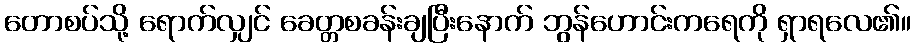
တောစပ်သို့ ရောက်လျှင် ခေတ္တစခန်းချပြီးနောက် ဘွန်ဟောင်းကရေကို ရှာရလေ၏။